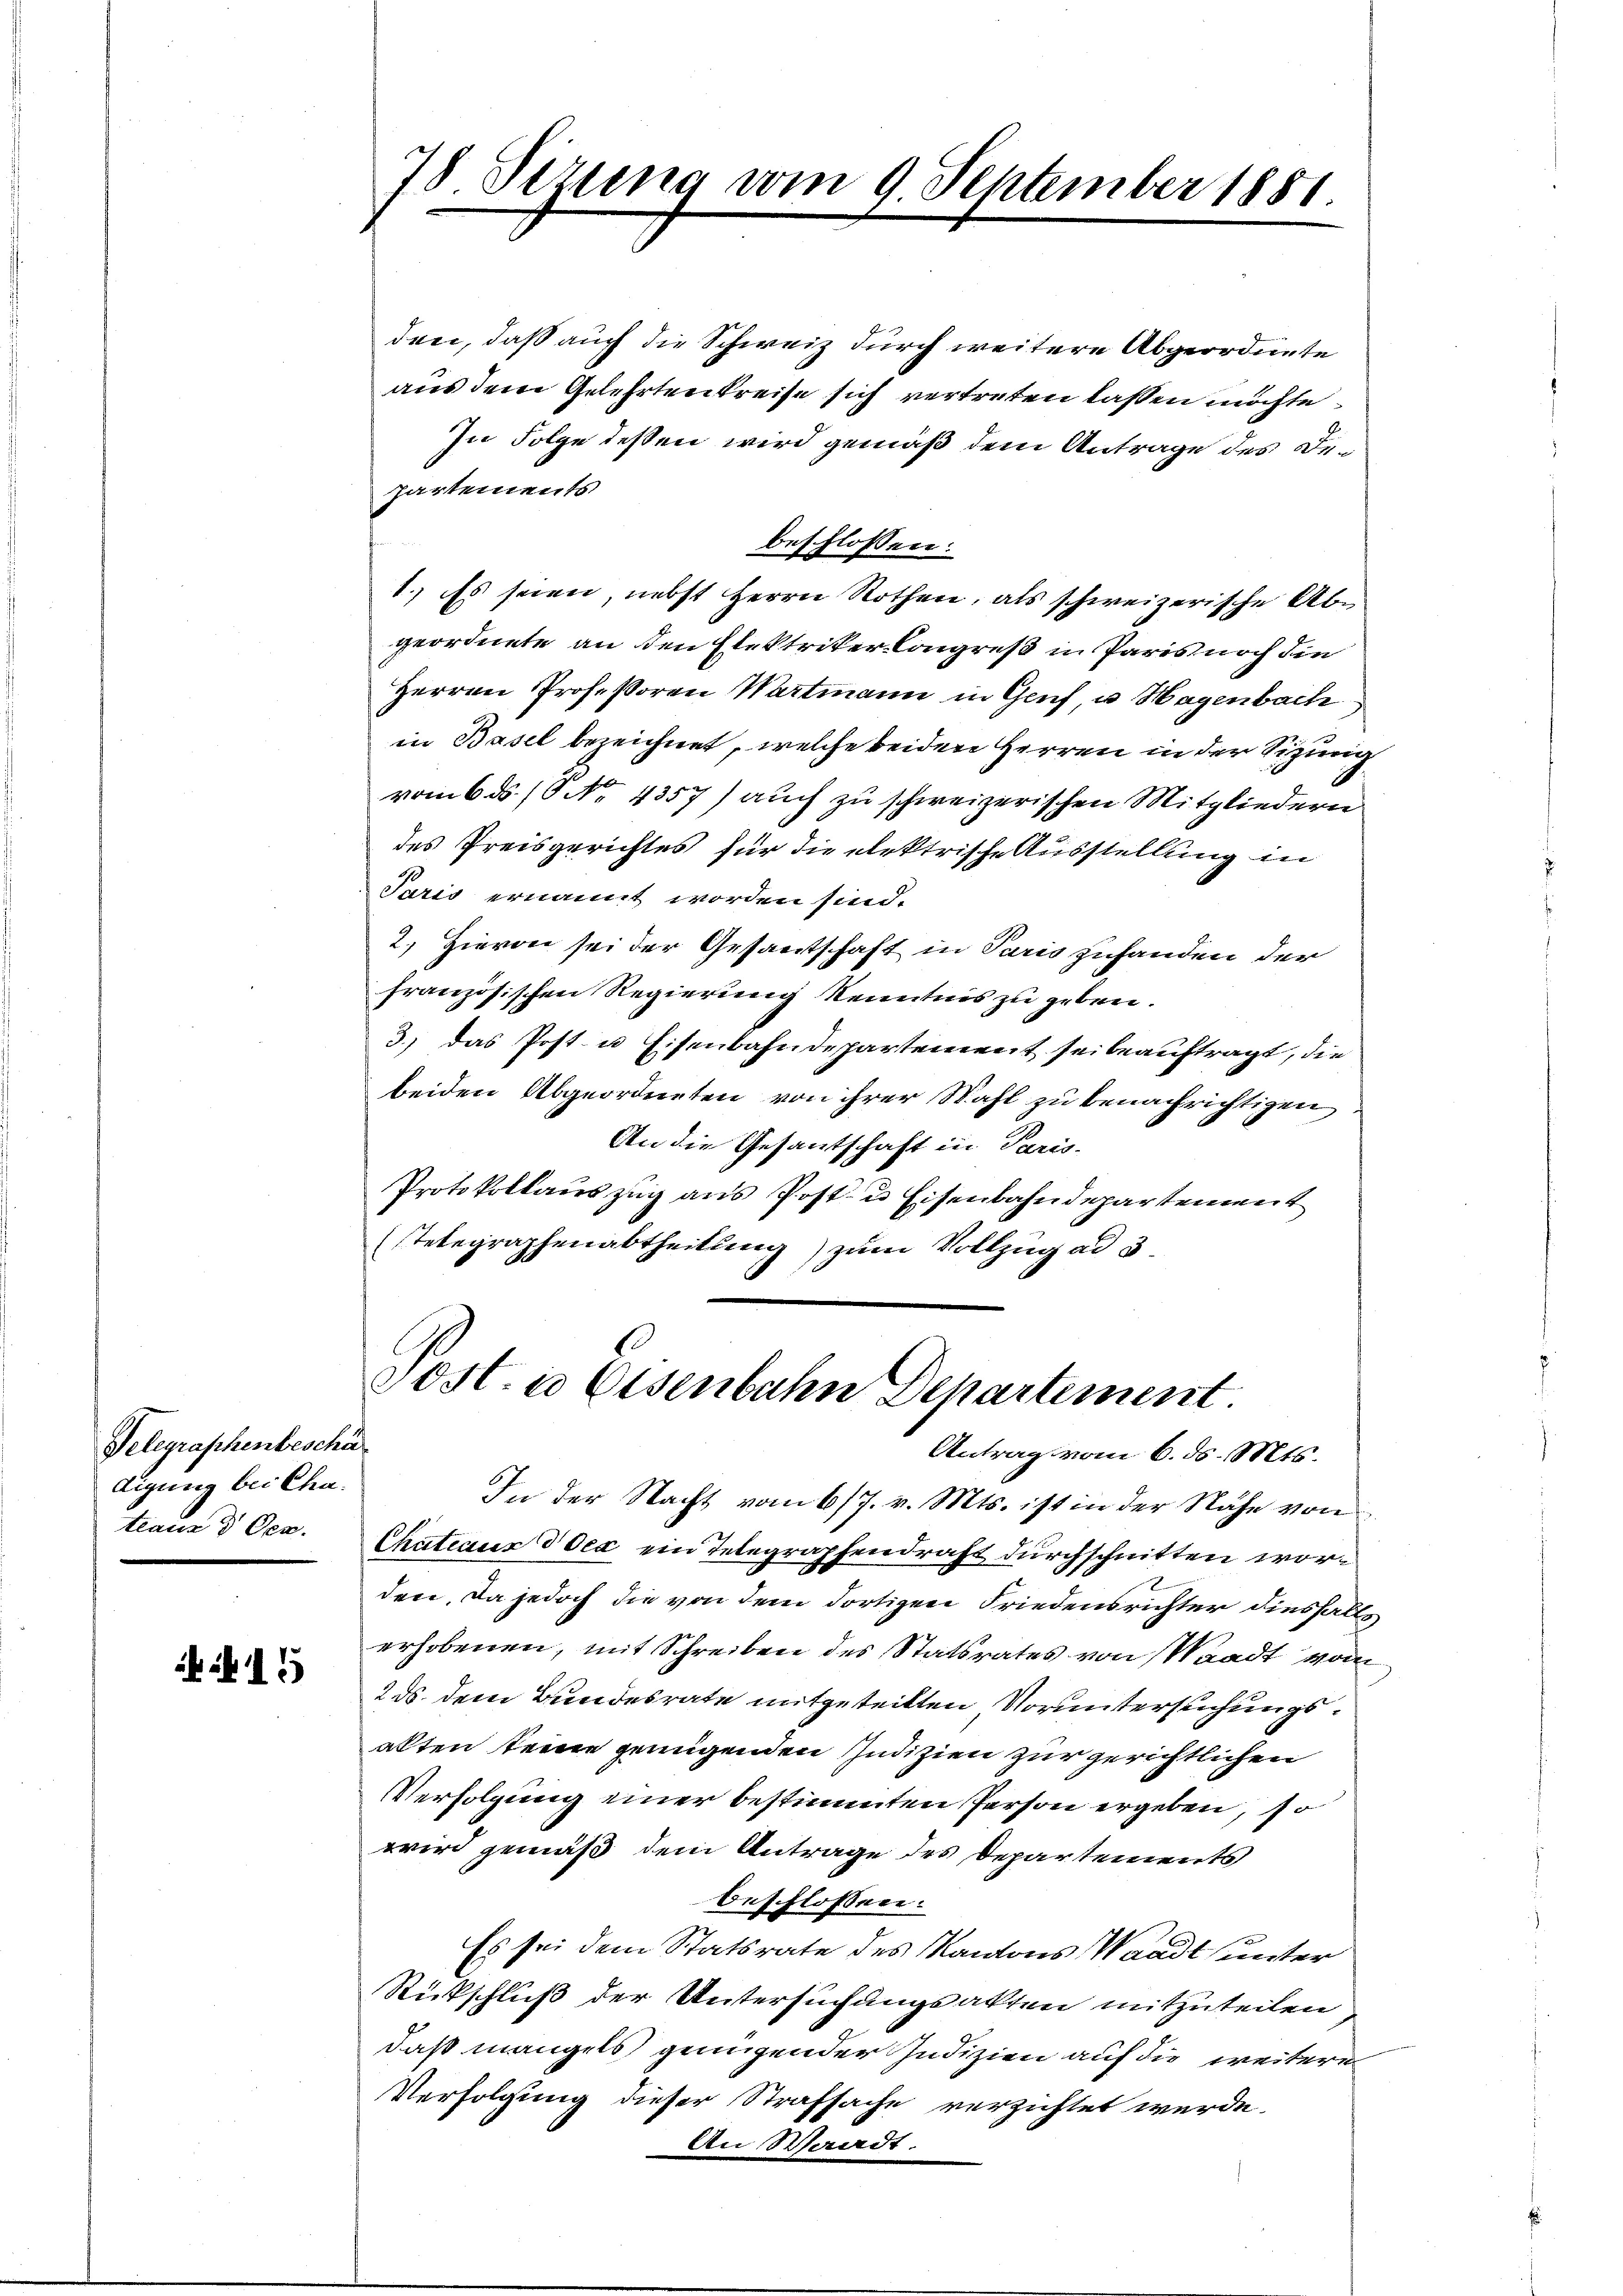
Telegraphenbeschä
digung bei Chateaus d Oca.
e

15

78. Sezung vom 9. September 1881.

den, daß auch die Schweiz durch weitere Abgeordnete
aus dem Gelehrtenkreise sich vertreten lassen möchte.
In Folge deßen wird gemäß dem Antrage des Departements
beschlossen:
1.) Es seien, nebst Herrn Rothen, als schweizerische Abgeordnete an den Elektriker-Congreß in Paris noch die
Herren Professoren Wartmann in Genf u. Hagenbach
in Basel bezeichnet, welche beiden Herren in der Sitzung
vom 6. ds. (S. 4357) auch zu schweizerischen Mitgliedern
des Preisgerichtes für die elektrische Ausstellung in
Paris ernannt worden sind.
2.) Hievon sei der Gesantschaft in Paris zuhanden der
französischen Regierung Kenntnis zu geben.
3.) Das Post- u Eisenbahndepartement sei beauftragt, die
beiden Abgeordneten von ihrer Wahl zu benachrichtigen
An die Gesantschaft in Paris.
Protokollauszug aus Post- u Eisenbahndepartement
Telegraphenabtheilung) zum Vollzug ad 3

Post. in Eisenbahn Departement
Antrag vom 6. ds. Mts.

In der Nacht vom 6/7. v. Mts. ist in der Nähe von
Chateaus der ein Telegraphendraht durchschnitten worden. Da jedoch die von dem dortigen Friedensrichter diesfalls
erhobenen, mit Schreiben des Statsrates von Waadt vom
2 ds. dem Bundesrate mitgeteilten Voruntersuchungsakten keine genügenden Indizien zur gerichtlichen
Verfolgung einer bestimmten Person ergeben, so
wird gemäß dem Antrage des Departements
beschlossen:
Es sei dem Statsrate des Kantons Waadt unter
Rückschluß der Untersuchungsakten mitzuteilen
daß mangels genügender Indizien auf die weitere
Verfolgung dieser Strafsache verzichtet werde.
An Waadt.